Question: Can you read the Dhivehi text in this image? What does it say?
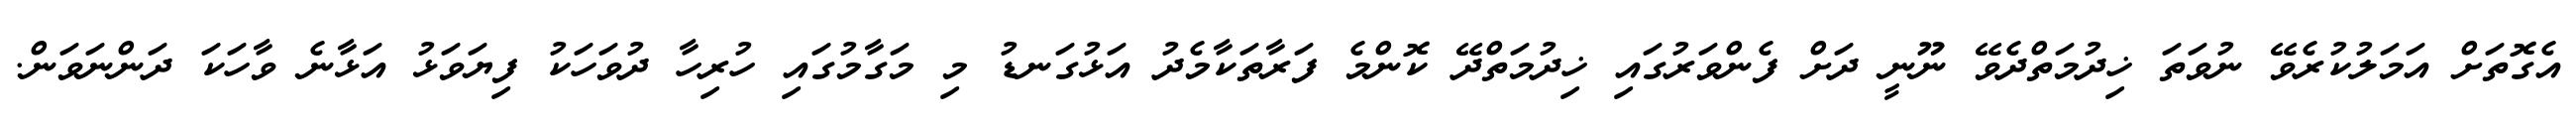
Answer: އެގޮތަށް އަމަލުކުރެވޭ ނުވަތަ ޚިދުމަތްދެވޭ ނޫނީ ދަށް ފެންވަރުގައި ޚިދުމަތްދޭ ކޮންމެ ފަރާތަކާމެދު އަޅުގަނޑު މި މަގާމުގައި ހުރިހާ ދުވަހަކު ފިޔަވަޅު އަޅާނެ ވާހަކަ ދަންނަވަން.